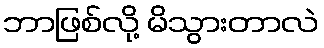
ဘာဖြစ်လို့ မိသွားတာလဲ